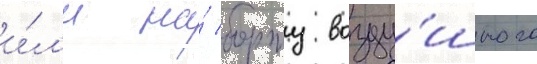
и́л'и на́ борту возду́шного